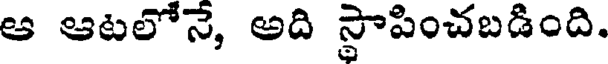
ఆ ఆటలోనే, అది స్థాపించబడింది.